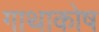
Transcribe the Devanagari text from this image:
गाथाकोष